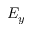
E _ { y }